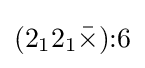
(2_{1}2_{1}{\bar {\times }}){:}6